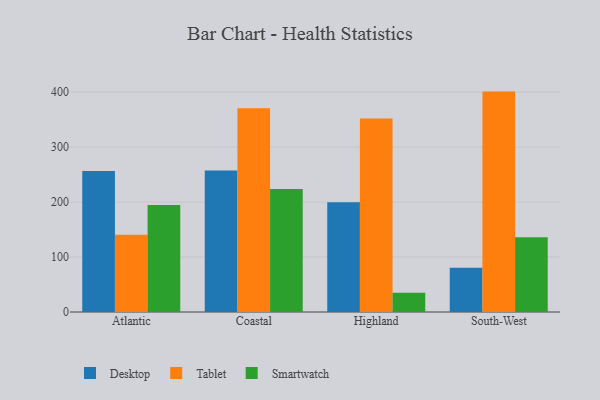
{"axis": {"x": "Region", "y": "Demand Index"}, "legend": ["Desktop", "Smartwatch", "Tablet"], "data": [{"x": "Atlantic", "y": 256.3, "type": "Desktop"}, {"x": "Atlantic", "y": 140.5, "type": "Tablet"}, {"x": "Atlantic", "y": 194.7, "type": "Smartwatch"}, {"x": "Coastal", "y": 257.2, "type": "Desktop"}, {"x": "Coastal", "y": 370.7, "type": "Tablet"}, {"x": "Coastal", "y": 223.9, "type": "Smartwatch"}, {"x": "Highland", "y": 199.6, "type": "Desktop"}, {"x": "Highland", "y": 351.9, "type": "Tablet"}, {"x": "Highland", "y": 35.1, "type": "Smartwatch"}, {"x": "South-West", "y": 80.4, "type": "Desktop"}, {"x": "South-West", "y": 400.9, "type": "Tablet"}, {"x": "South-West", "y": 136.0, "type": "Smartwatch"}]}